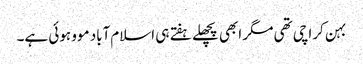
بہن کراچی تھی مگر ابھی پچھلے ہفتے ہی اسلام‌آباد موو ہوئی ہے۔